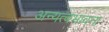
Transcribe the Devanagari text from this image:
अन्यत्वभावना